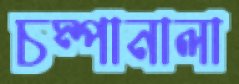
চম্পানালা